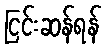
ငြင်းဆန်ရန်